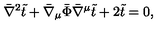
\bar { \nabla } ^ { 2 } \tilde { t } + \bar { \nabla } _ { \mu } \bar { \Phi } \bar { \nabla } ^ { \mu } \tilde { t } + 2 \tilde { t } = 0 ,